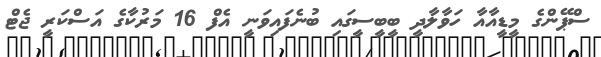
ސްޕޭންގެ މީޑީއާއާ ހަވާލާދީ ބީބީސީގައި ބުނެފައިވަނީ އެފް 16 މަރުކާގެ އަސްކަރީ ޖެޓް